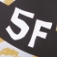
5F